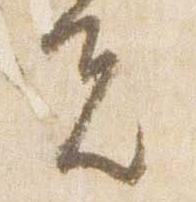
夫